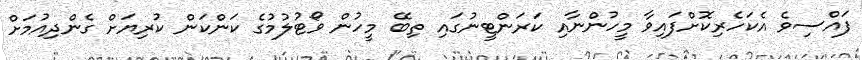
ފަައްސިވެ އެކަހެރިކޮށްފައިވާ މީހުންނާއި ކަރަންޓީނުގައި ތިބޭ މީހުން ވޯޓުލުމުގެ ކަންކަން ކުރިޔަށް ގެންދިއުމަށް